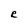
Character: R